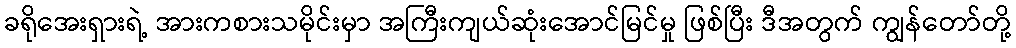
ခရိုအေးရှားရဲ့ အားကစားသမိုင်းမှာ အကြီးကျယ်ဆုံးအောင်မြင်မှု ဖြစ်ပြီး ဒီအတွက် ကျွန်တော်တို့